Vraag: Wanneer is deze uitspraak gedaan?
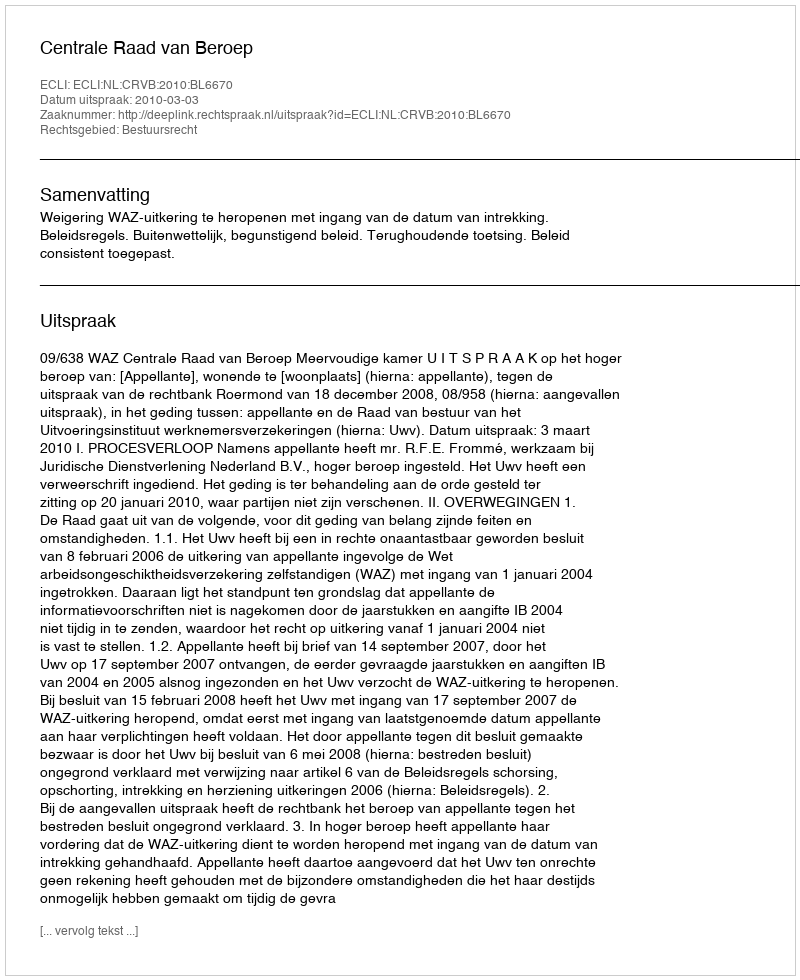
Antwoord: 2010-03-03